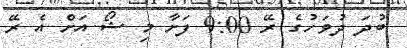
ބުދަ ދުވަހުގެ ރޭ 9:00 ފަށާ މި ޝޯ އަށް އެ ރޭ